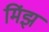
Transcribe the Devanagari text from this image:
मिंझ